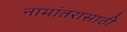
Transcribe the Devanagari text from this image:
नामांतरासाठी